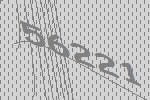
56221